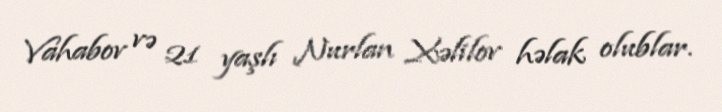
Vahabov və 21 yaşlı Nurlan Xəlilov həlak olublar.